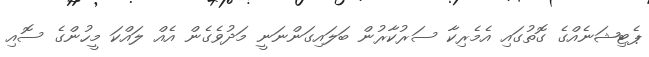
ޕެޓިޝަނެއްގެ ގޮތުގައި އެމެރިކާ ސަރުކާރުން ބަލައިގަންނަނީ މަދުވެގެން އެއް ލައްކަ މީހުންގެ ސޮއި